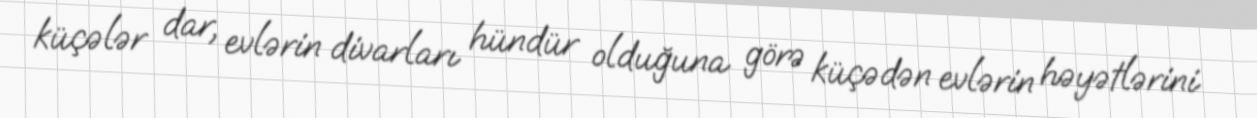
küçələr dar, evlərin divarları hündür olduğuna görə küçədən evlərin həyətlərini